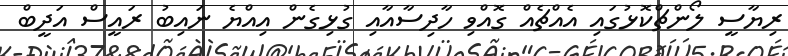
ރިޔާސީ ލޯންޗްކޮޅުގައި އެއްޗެއް ގޮއްވި ހާދިސާއާއި ގުޅިގެން އިއްޔެ ނައިބު ރައީސް އަދީބް